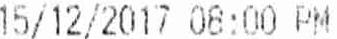
15/12/2017 08:00 PM